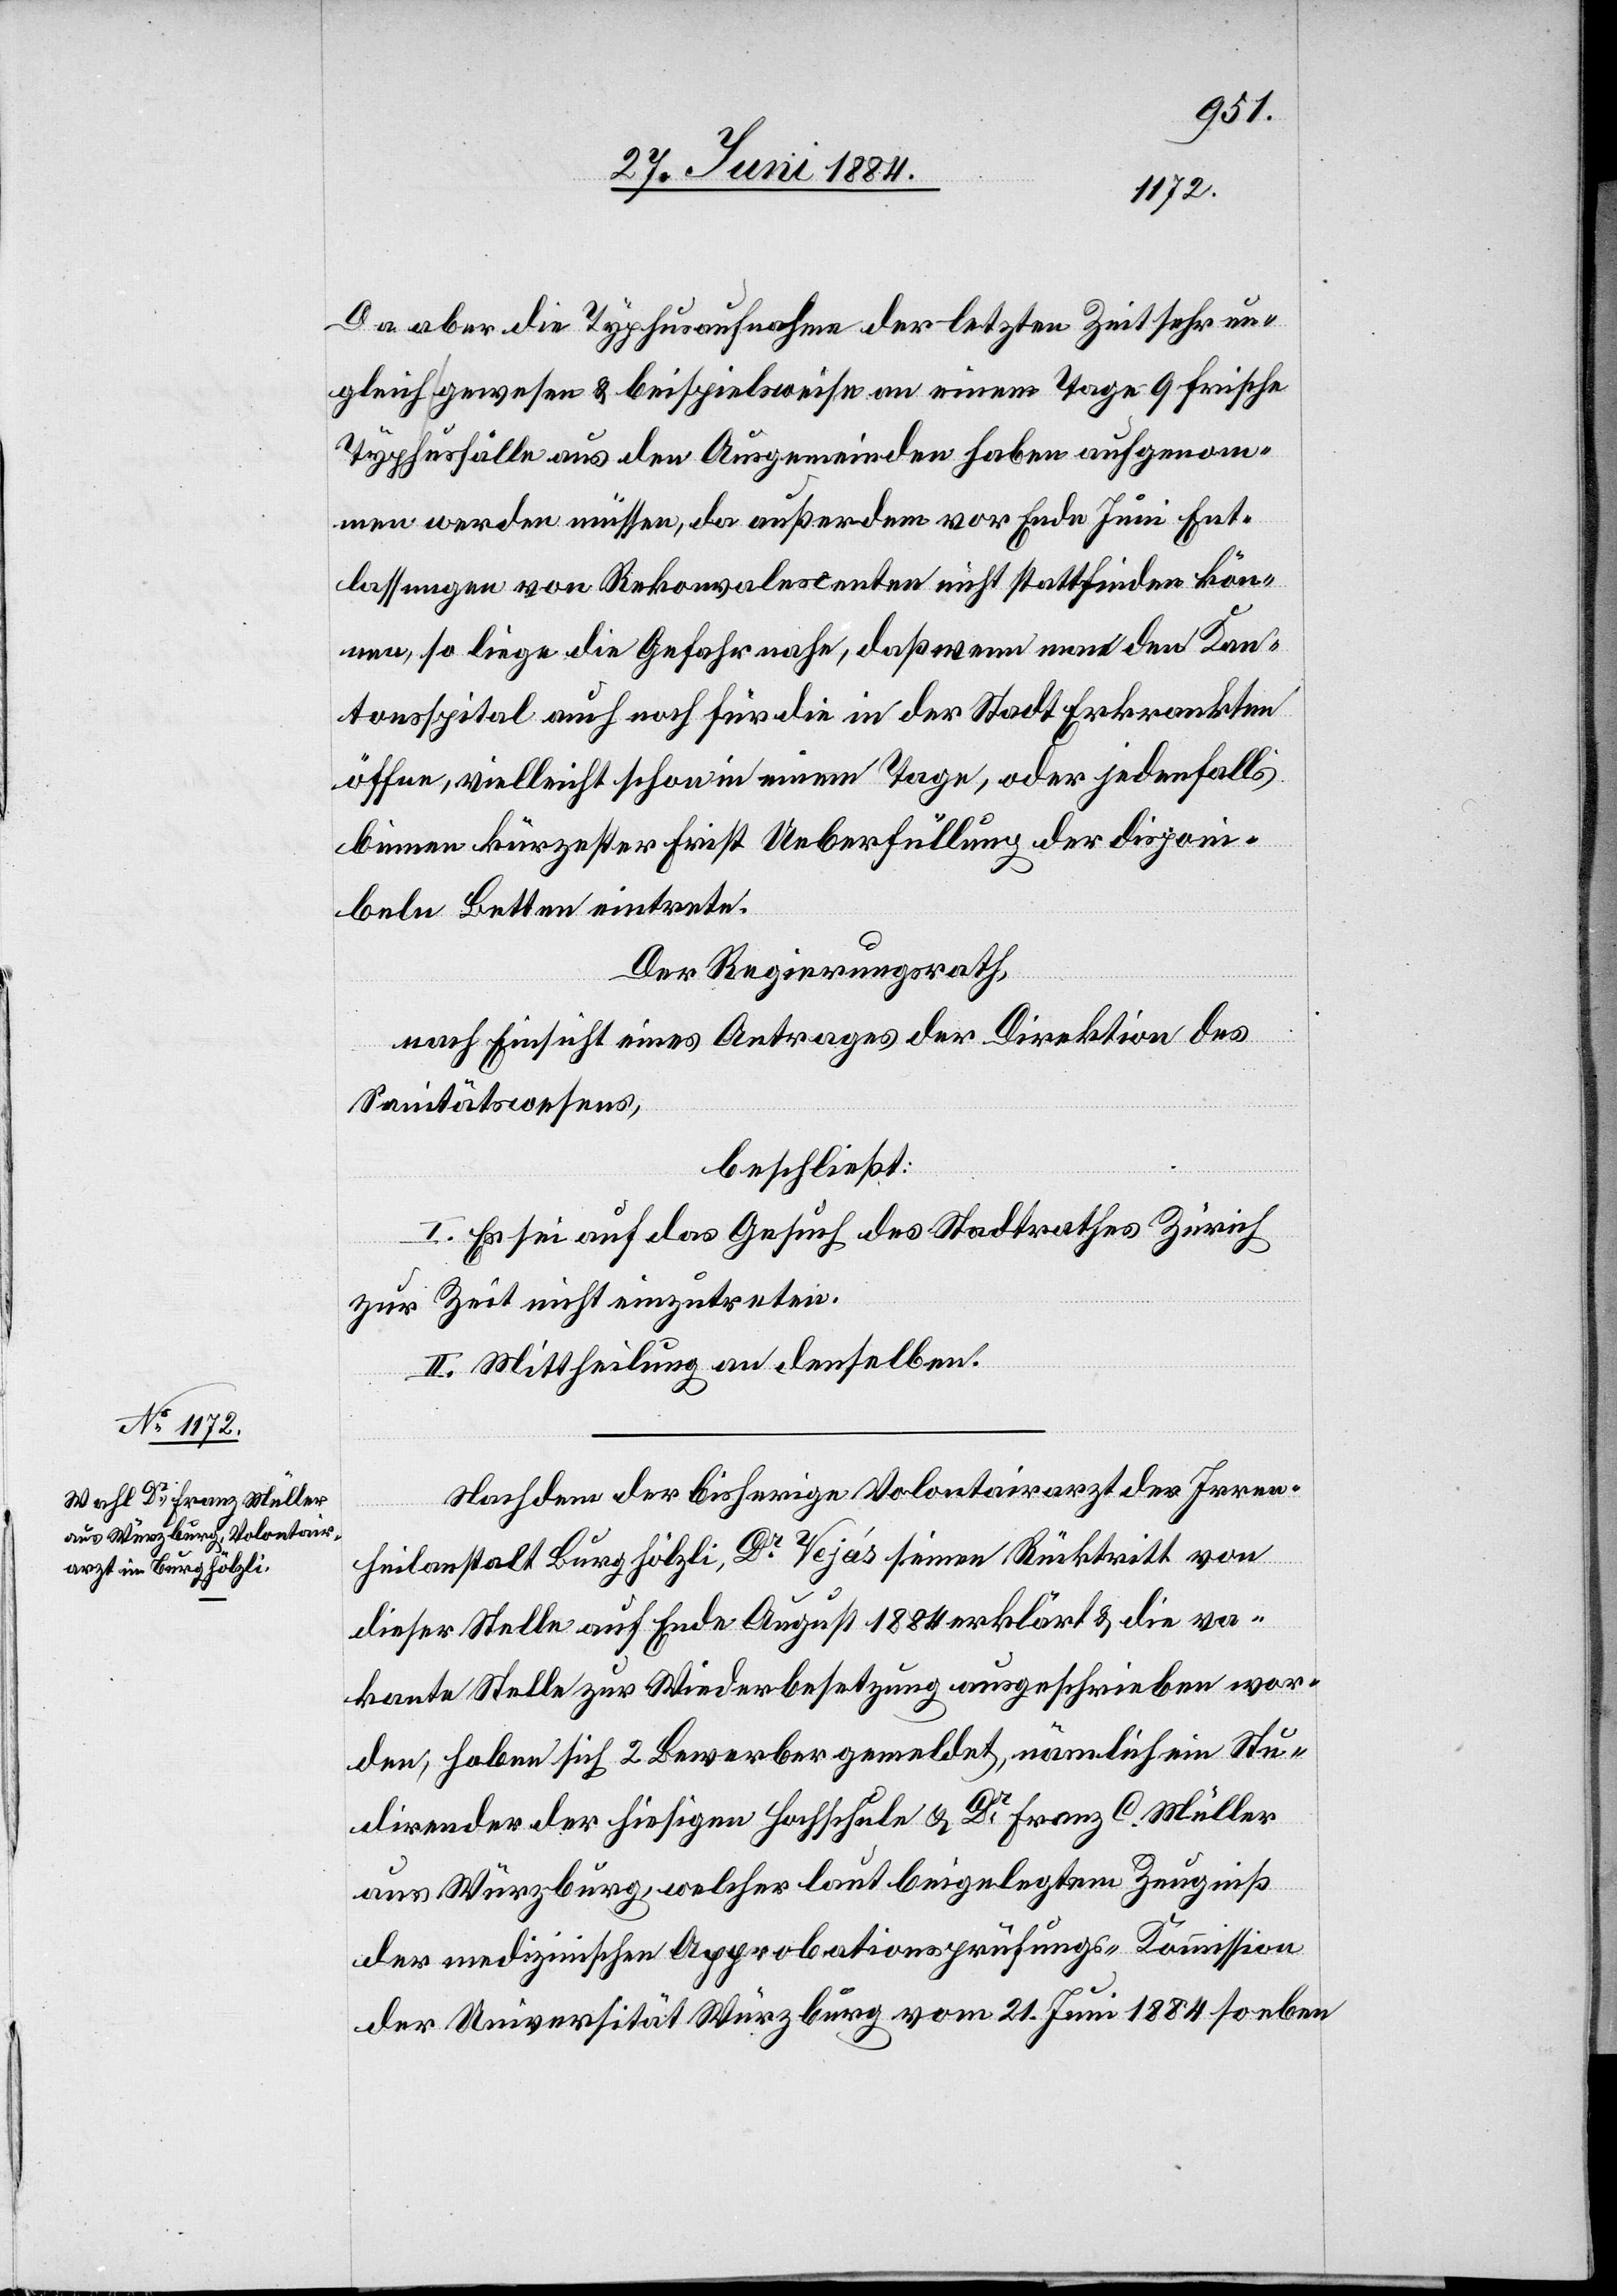
Da aber die Typhusaufnahme der letzten Zeit sehr un¬
gleich gewesen & beispielsweise an einem Tage 9 frische
Typhusfälle aus den Ausgemeinden haben aufgenom¬
men werden müssen, da außerdem vor Ende Juni Ent¬
lassungen von Rekonvalescenten nicht stattfinden kön¬
nen, so liege die Gefahr nahe, daß wenn man den Kan¬
tonsspital auch noch für die in der Stadt Erkrankten
öffne, vielleicht schon in einem Tage, oder jedenfalls
binnen kürzester Frist Ueberfüllung der disponi¬
beln Betten eintrete.
Der Regierungsrath,
nach Einsicht eines Antrages der Direktion des
Sanitätswesens,
beschließt:
I. Es sei auf das Gesuch des Stadtrathes Zürich
zur Zeit nicht einzutreten.
II. Mittheilung an denselben.
Nach dem der bisherige Volontairarzt der Irren¬
heilanstalt Burghölzli, Dr Vejas seinen Rücktritt von
dieser Stelle auf Ende August 1884 erklärt & die va¬
kante Stelle zur Wiederbesetzung ausgeschrieben wor¬
den, haben sich 2 Bewerber gemeldet, nämlich ein Stu¬
dirender der hiesigen Hochschule & Dr Franz C. Müller
aus Würzburg, welcher laut beigelegtem Zeugniß
der medizinischen Approbationsprüfungs-Kommission
der Universität Würzburg vom 21. Juni 1884 so eben